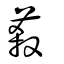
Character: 蔱